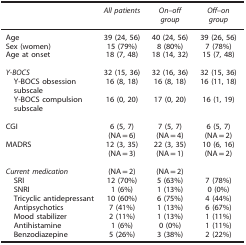
|  | All patients | On–off group | Off–on group |
 | --- | --- | --- | --- |
 | Age | 39 (24, 56) | 40 (24, 56) | 39 (26, 56) |
 | Sex (women) | 15 (79%) | 8 (80%) | 7 (78%) |
 | Age at onset | 18 (7, 48) | 18 (14, 32) | 15 (7, 48) |
 |  |  |  |  |
 | Y-BOCS | 32 (15, 36) | 32 (16, 36) | 32 (15, 36) |
 | Y-BOCS obsession subscale | 16 (8, 18) | 16 (8, 18) | 16 (11, 18) |
 | Y-BOCS compulsion subscale | 16 (0, 20) | 17 (0, 20) | 16 (1, 19) |
 |  |  |  |  |
 | CGI | 6 (5, 7) (NA=6) | 7 (5, 7) (NA=4) | 6 (5, 7) (NA=2) |
 | MADRS | 12 (3, 35) (NA=3) | 22 (3, 35) (NA=1) | 10 (6, 16) (NA=2) |
 |  |  |  |  |
 | Current medication | (NA=2) | (NA=2) |  |
 | SRI | 12 (70%) | 5 (63%) | 7 (78%) |
 | SNRI | 1 (6%) | 1 (13%) | 0 (0%) |
 | Tricyclic antidepressant | 10 (60%) | 6 (75%) | 4 (44%) |
 | Antipsychotics | 7 (41%) | 1 (13%) | 6 (67%) |
 | Mood stabilizer | 2 (11%) | 1 (13%) | 1 (11%) |
 | Antihistamine | 1 (6%) | 0 (0%) | 1 (11%) |
 | Benzodiazepine | 5 (26%) | 3 (38%) | 2 (22%) |